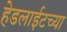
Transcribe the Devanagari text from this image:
हेडलाईटच्या